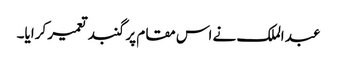
عبد الملک نے اس مقام پر گنبد تعمیر کرایا۔